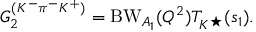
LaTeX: G _ { 2 } ^ { ( K ^ { - } \pi ^ { - } K ^ { + } ) } = \mathrm { B W } _ { A _ { 1 } } ( Q ^ { 2 } ) T _ { K ^ { \star } } ( s _ { 1 } ) .